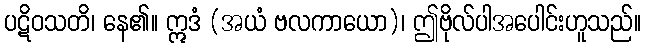
ပဋိဝသတိ၊ နေ၏။ ဣဒံ (အယံ ဗလကာယော)၊ ဤဗိုလ်ပါအပေါင်းဟူသည်။